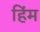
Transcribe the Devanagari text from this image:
हिंम